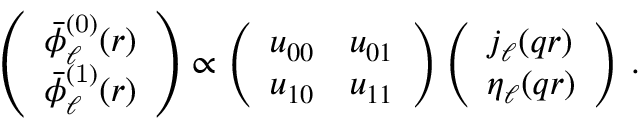
\left( \begin{array} { l } { \bar { \phi } _ { \ell } ^ { \mathrm { ( 0 ) } } ( r ) } \\ { \bar { \phi } _ { \ell } ^ { \mathrm { ( 1 ) } } ( r ) } \end{array} \right) \propto \left( \begin{array} { l l } { u _ { 0 0 } } & { u _ { 0 1 } } \\ { u _ { 1 0 } } & { u _ { 1 1 } } \end{array} \right) \left( \begin{array} { l } { j _ { \ell } ( q r ) } \\ { \eta _ { \ell } ( q r ) } \end{array} \right) \, .